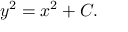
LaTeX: y ^ { 2 } = x ^ { 2 } + C .